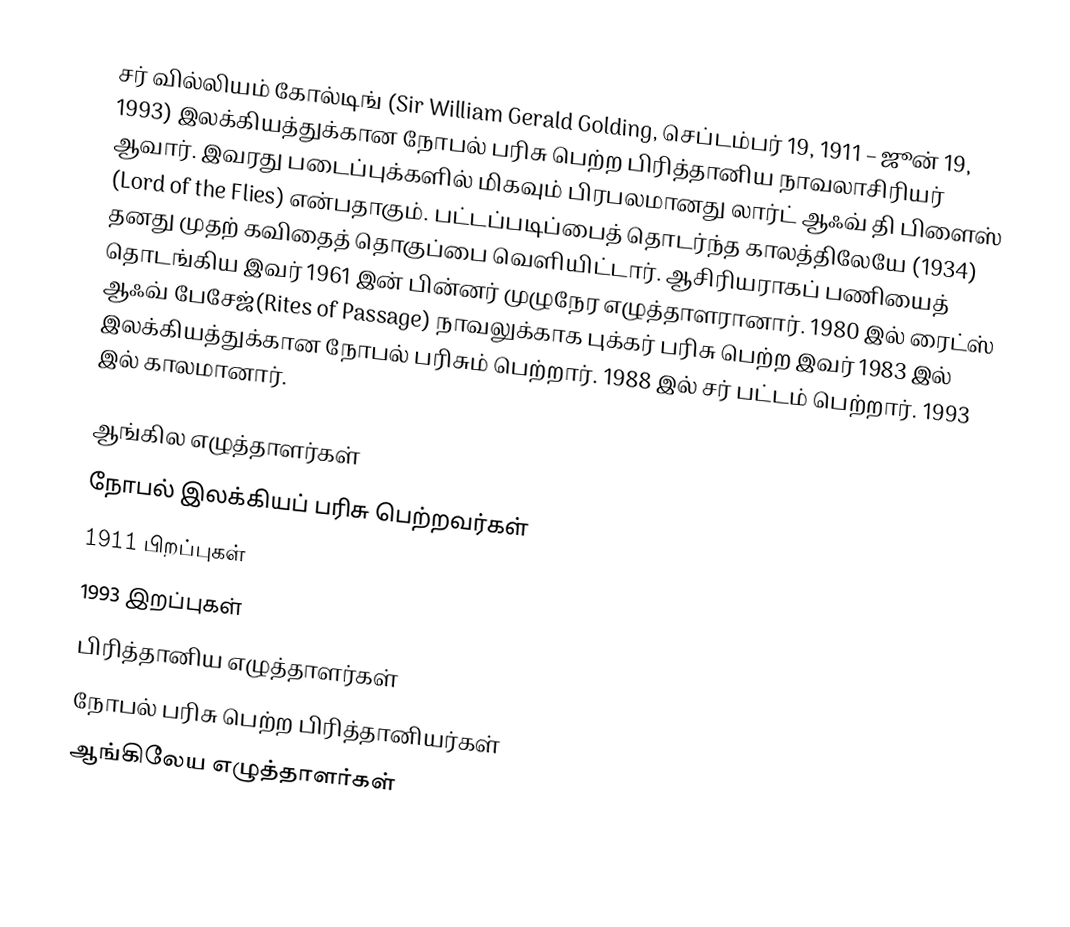
சர் வில்லியம் கோல்டிங் (Sir William Gerald Golding, செப்டம்பர் 19, 1911 – ஜூன் 19, 1993) இலக்கியத்துக்கான நோபல் பரிசு பெற்ற பிரித்தானிய நாவலாசிரியர் ஆவார். இவரது படைப்புக்களில் மிகவும் பிரபலமானது லார்ட் ஆஃவ் தி பிளைஸ் (Lord of the Flies) என்பதாகும். பட்டப்படிப்பைத் தொடர்ந்த காலத்திலேயே (1934) தனது முதற் கவிதைத் தொகுப்பை வெளியிட்டார். ஆசிரியராகப் பணியைத் தொடங்கிய இவர் 1961 இன் பின்னர் முழுநேர எழுத்தாளரானார். 1980 இல் ரைட்ஸ் ஆஃவ் பேசேஜ்(Rites of Passage) நாவலுக்காக புக்கர் பரிசு பெற்ற இவர் 1983 இல் இலக்கியத்துக்கான நோபல் பரிசும் பெற்றார். 1988 இல் சர் பட்டம் பெற்றார். 1993 இல் காலமானார்.

ஆங்கில எழுத்தாளர்கள்
நோபல் இலக்கியப் பரிசு பெற்றவர்கள்
1911 பிறப்புகள்
1993 இறப்புகள்
பிரித்தானிய எழுத்தாளர்கள்
நோபல் பரிசு பெற்ற பிரித்தானியர்கள்
ஆங்கிலேய எழுத்தாளர்கள்